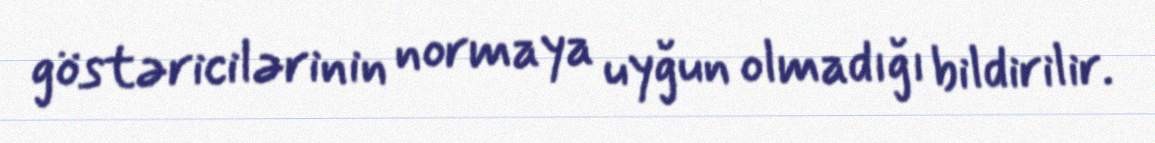
göstəricilərinin normaya uyğun olmadığı bildirilir.